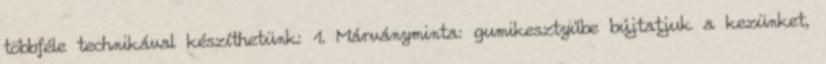
többféle technikával készíthetünk: 1. Márványminta: gumikesztyűbe bújtatjuk a kezünket,